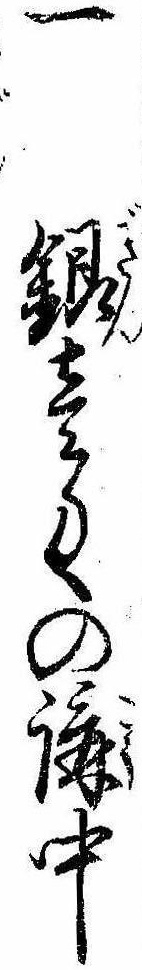
一銀壱匁の講中